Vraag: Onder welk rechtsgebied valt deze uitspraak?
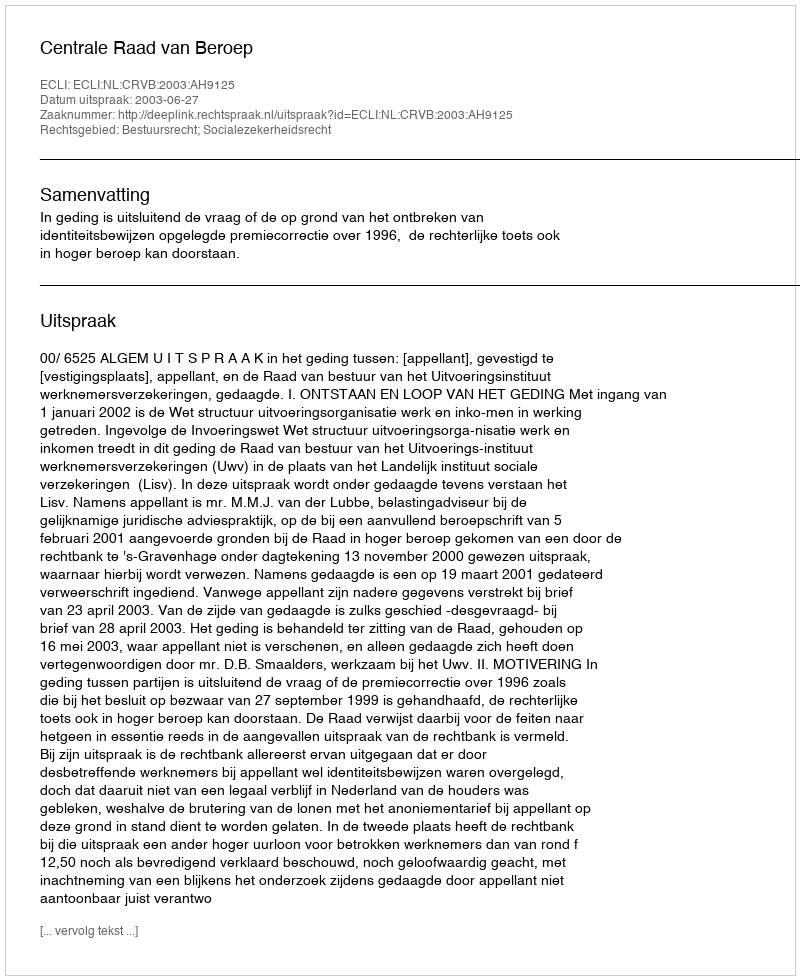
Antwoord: Bestuursrecht; Socialezekerheidsrecht